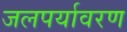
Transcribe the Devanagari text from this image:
जलपर्यावरण